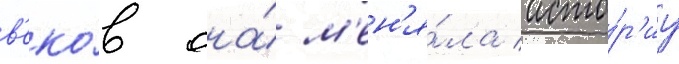
в'еко́в она́ м'ен'я́ла исто́р'иу